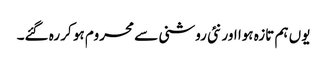
یوں ہم تازہ ہوا اور نئی روشنی سے محروم ہو کر رہ گئے۔